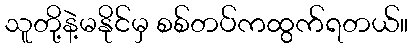
သူတို့နဲ့မနိုင်မှ စစ်တပ်ကထွက်ရတယ်။